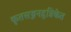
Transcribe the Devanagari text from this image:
कृतसज्जनहृन्निकेत